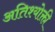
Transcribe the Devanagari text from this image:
अतिश्योक्ती